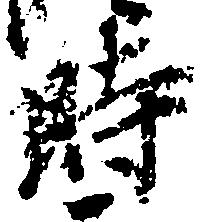
時